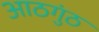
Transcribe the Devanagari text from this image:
आठगुंठ